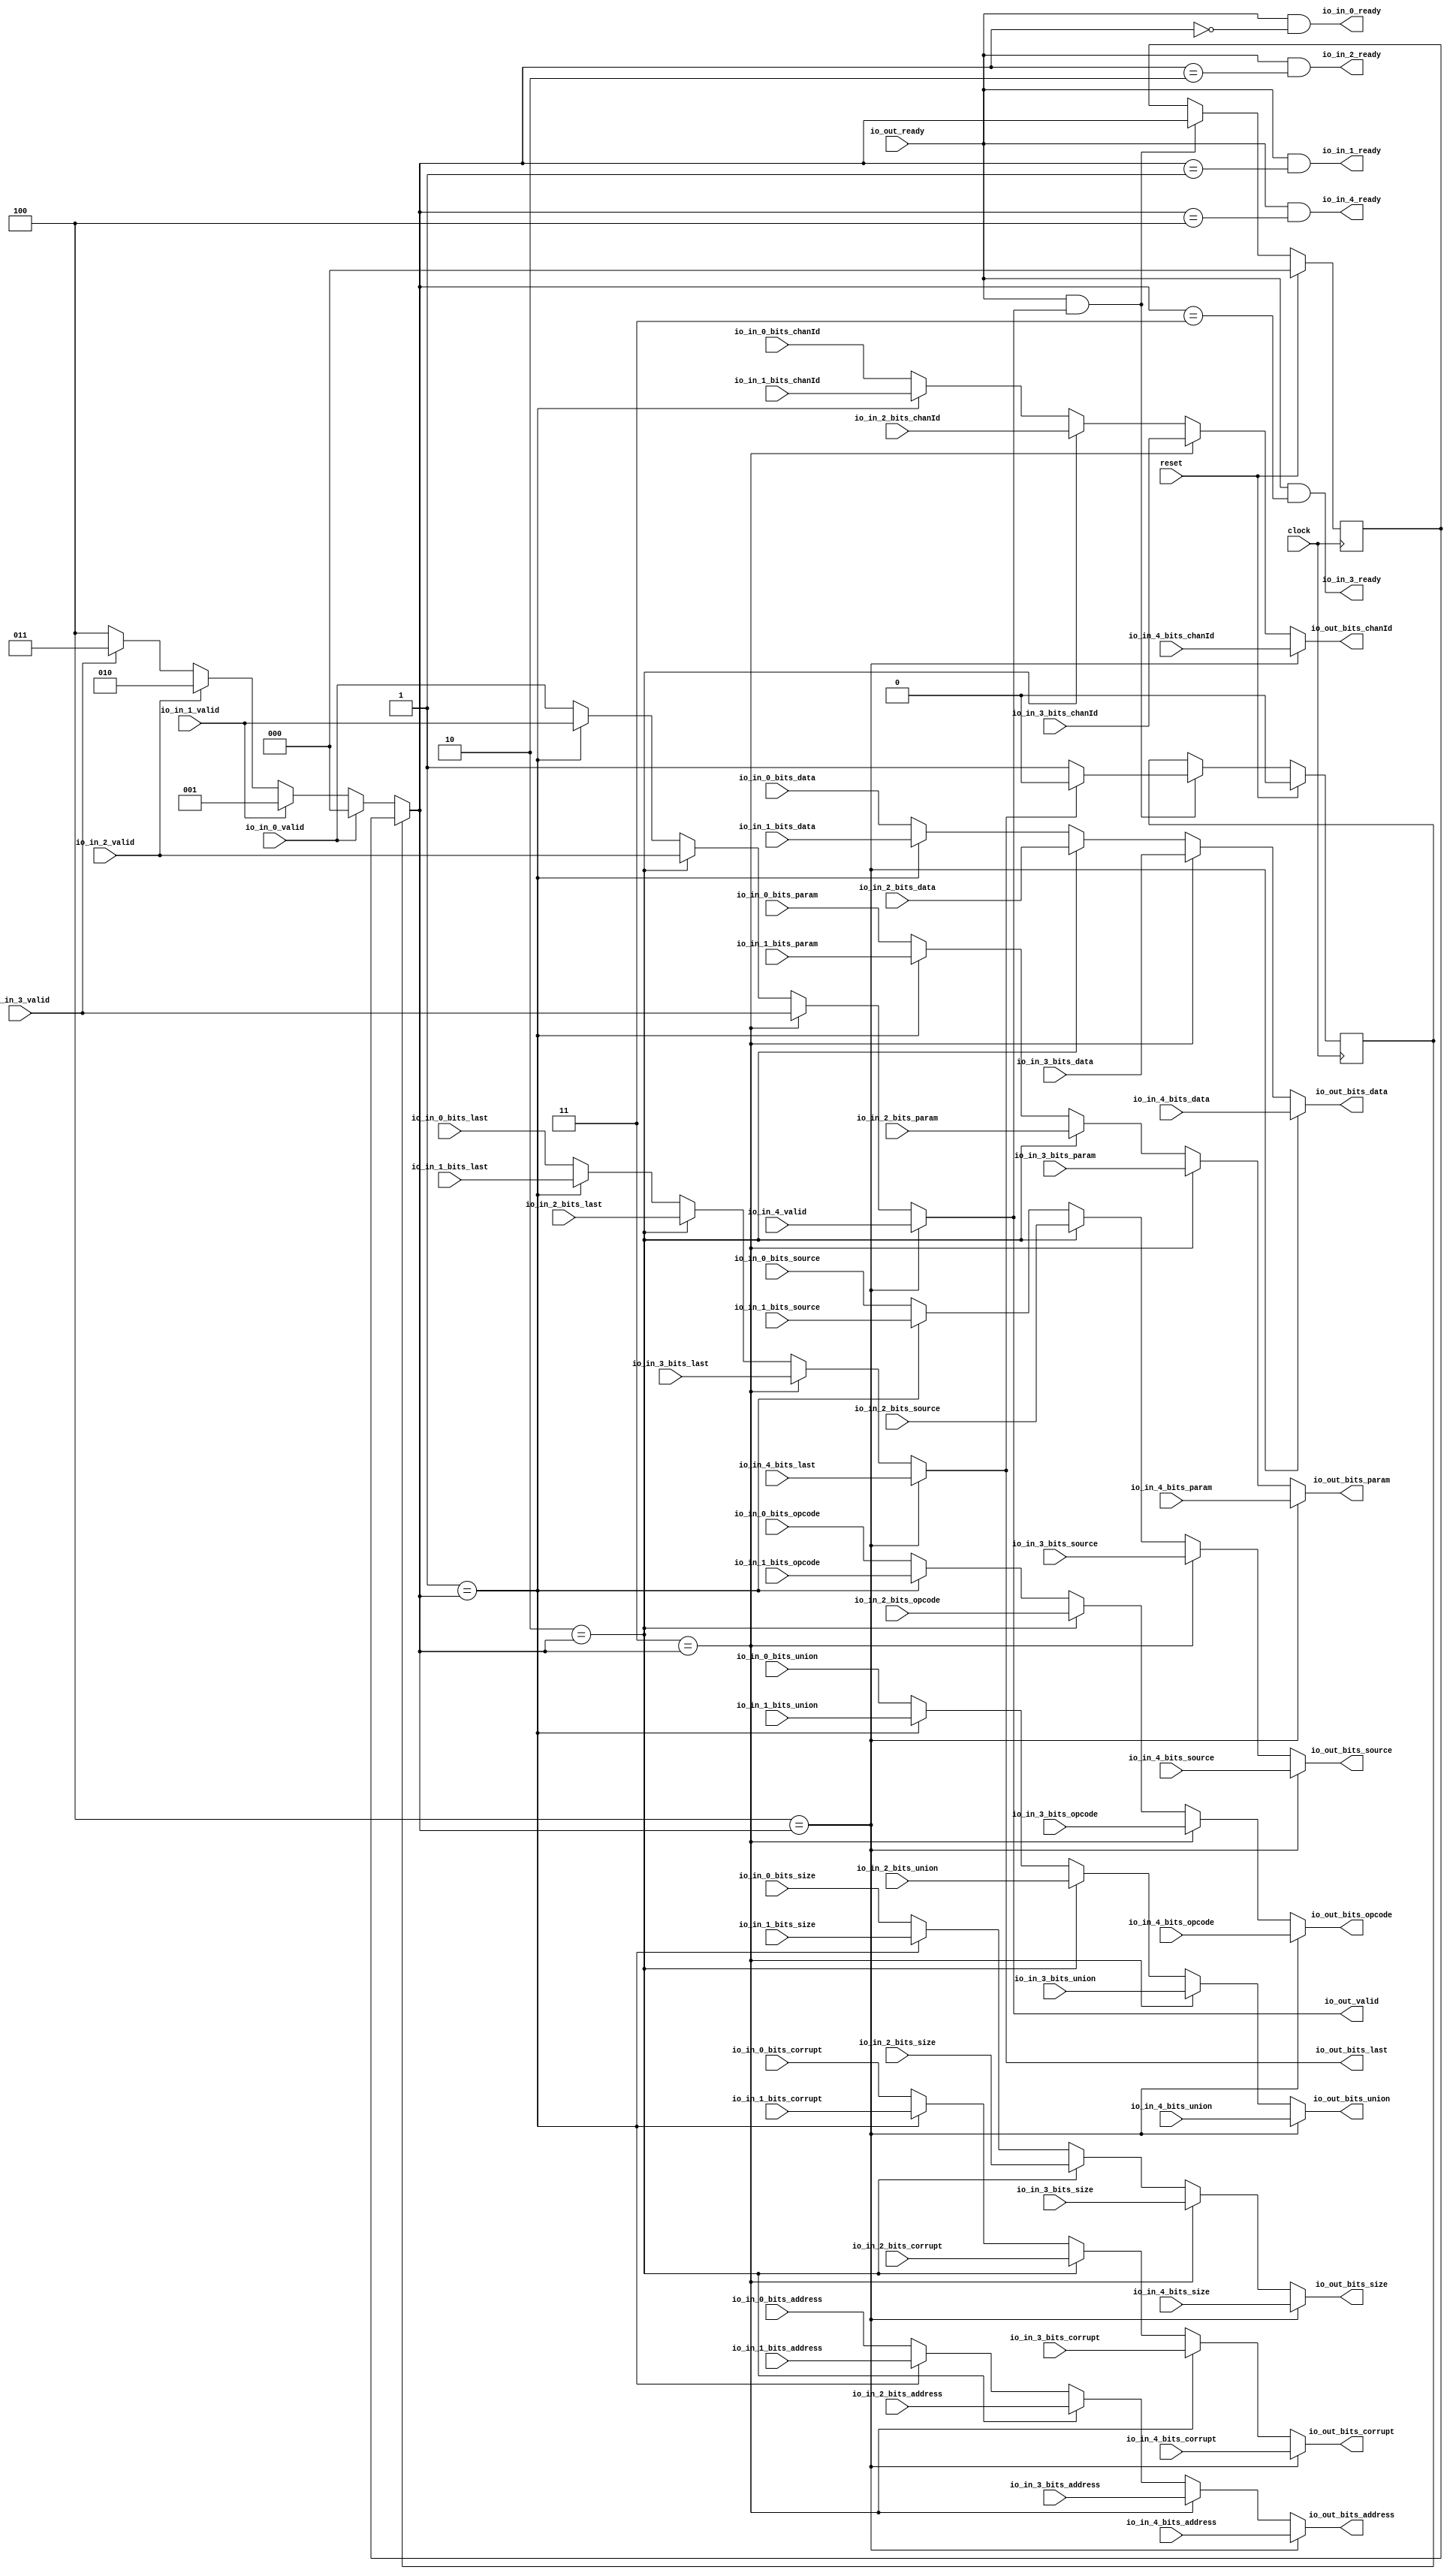
module HellaPeekingArbiter(
  input         clock,
  input         reset,
  output        io_in_0_ready,
  input         io_in_0_valid,
  input  [2:0]  io_in_0_bits_chanId,
  input  [2:0]  io_in_0_bits_opcode,
  input  [2:0]  io_in_0_bits_param,
  input  [3:0]  io_in_0_bits_size,
  input  [3:0]  io_in_0_bits_source,
  input  [31:0] io_in_0_bits_address,
  input  [63:0] io_in_0_bits_data,
  input         io_in_0_bits_corrupt,
  input  [7:0]  io_in_0_bits_union,
  input         io_in_0_bits_last,
  output        io_in_1_ready,
  input         io_in_1_valid,
  input  [2:0]  io_in_1_bits_chanId,
  input  [2:0]  io_in_1_bits_opcode,
  input  [2:0]  io_in_1_bits_param,
  input  [3:0]  io_in_1_bits_size,
  input  [3:0]  io_in_1_bits_source,
  input  [31:0] io_in_1_bits_address,
  input  [63:0] io_in_1_bits_data,
  input         io_in_1_bits_corrupt,
  input  [7:0]  io_in_1_bits_union,
  input         io_in_1_bits_last,
  output        io_in_2_ready,
  input         io_in_2_valid,
  input  [2:0]  io_in_2_bits_chanId,
  input  [2:0]  io_in_2_bits_opcode,
  input  [2:0]  io_in_2_bits_param,
  input  [3:0]  io_in_2_bits_size,
  input  [3:0]  io_in_2_bits_source,
  input  [31:0] io_in_2_bits_address,
  input  [63:0] io_in_2_bits_data,
  input         io_in_2_bits_corrupt,
  input  [7:0]  io_in_2_bits_union,
  input         io_in_2_bits_last,
  output        io_in_3_ready,
  input         io_in_3_valid,
  input  [2:0]  io_in_3_bits_chanId,
  input  [2:0]  io_in_3_bits_opcode,
  input  [2:0]  io_in_3_bits_param,
  input  [3:0]  io_in_3_bits_size,
  input  [3:0]  io_in_3_bits_source,
  input  [31:0] io_in_3_bits_address,
  input  [63:0] io_in_3_bits_data,
  input         io_in_3_bits_corrupt,
  input  [7:0]  io_in_3_bits_union,
  input         io_in_3_bits_last,
  output        io_in_4_ready,
  input         io_in_4_valid,
  input  [2:0]  io_in_4_bits_chanId,
  input  [2:0]  io_in_4_bits_opcode,
  input  [2:0]  io_in_4_bits_param,
  input  [3:0]  io_in_4_bits_size,
  input  [3:0]  io_in_4_bits_source,
  input  [31:0] io_in_4_bits_address,
  input  [63:0] io_in_4_bits_data,
  input         io_in_4_bits_corrupt,
  input  [7:0]  io_in_4_bits_union,
  input         io_in_4_bits_last,
  input         io_out_ready,
  output        io_out_valid,
  output [2:0]  io_out_bits_chanId,
  output [2:0]  io_out_bits_opcode,
  output [2:0]  io_out_bits_param,
  output [3:0]  io_out_bits_size,
  output [3:0]  io_out_bits_source,
  output [31:0] io_out_bits_address,
  output [63:0] io_out_bits_data,
  output        io_out_bits_corrupt,
  output [7:0]  io_out_bits_union,
  output        io_out_bits_last
);
`ifdef RANDOMIZE_REG_INIT
  reg [31:0] _RAND_0;
  reg [31:0] _RAND_1;
`endif // RANDOMIZE_REG_INIT
  reg [2:0] lockIdx; // @[Arbiters.scala 25:20]
  reg  locked; // @[Arbiters.scala 26:19]
  wire [2:0] _choice_T = io_in_3_valid ? 3'h3 : 3'h4; // @[Mux.scala 47:69]
  wire [2:0] _choice_T_1 = io_in_2_valid ? 3'h2 : _choice_T; // @[Mux.scala 47:69]
  wire [2:0] _choice_T_2 = io_in_1_valid ? 3'h1 : _choice_T_1; // @[Mux.scala 47:69]
  wire [2:0] choice = io_in_0_valid ? 3'h0 : _choice_T_2; // @[Mux.scala 47:69]
  wire [2:0] chosen = locked ? lockIdx : choice; // @[Arbiters.scala 36:19]
  wire  _GEN_1 = 3'h1 == chosen ? io_in_1_valid : io_in_0_valid; // @[Arbiters.scala 42:16 Arbiters.scala 42:16]
  wire  _GEN_2 = 3'h2 == chosen ? io_in_2_valid : _GEN_1; // @[Arbiters.scala 42:16 Arbiters.scala 42:16]
  wire  _GEN_3 = 3'h3 == chosen ? io_in_3_valid : _GEN_2; // @[Arbiters.scala 42:16 Arbiters.scala 42:16]
  wire [2:0] _GEN_6 = 3'h1 == chosen ? io_in_1_bits_chanId : io_in_0_bits_chanId; // @[Arbiters.scala 43:15 Arbiters.scala 43:15]
  wire [2:0] _GEN_7 = 3'h2 == chosen ? io_in_2_bits_chanId : _GEN_6; // @[Arbiters.scala 43:15 Arbiters.scala 43:15]
  wire [2:0] _GEN_8 = 3'h3 == chosen ? io_in_3_bits_chanId : _GEN_7; // @[Arbiters.scala 43:15 Arbiters.scala 43:15]
  wire [2:0] _GEN_11 = 3'h1 == chosen ? io_in_1_bits_opcode : io_in_0_bits_opcode; // @[Arbiters.scala 43:15 Arbiters.scala 43:15]
  wire [2:0] _GEN_12 = 3'h2 == chosen ? io_in_2_bits_opcode : _GEN_11; // @[Arbiters.scala 43:15 Arbiters.scala 43:15]
  wire [2:0] _GEN_13 = 3'h3 == chosen ? io_in_3_bits_opcode : _GEN_12; // @[Arbiters.scala 43:15 Arbiters.scala 43:15]
  wire [2:0] _GEN_16 = 3'h1 == chosen ? io_in_1_bits_param : io_in_0_bits_param; // @[Arbiters.scala 43:15 Arbiters.scala 43:15]
  wire [2:0] _GEN_17 = 3'h2 == chosen ? io_in_2_bits_param : _GEN_16; // @[Arbiters.scala 43:15 Arbiters.scala 43:15]
  wire [2:0] _GEN_18 = 3'h3 == chosen ? io_in_3_bits_param : _GEN_17; // @[Arbiters.scala 43:15 Arbiters.scala 43:15]
  wire [3:0] _GEN_21 = 3'h1 == chosen ? io_in_1_bits_size : io_in_0_bits_size; // @[Arbiters.scala 43:15 Arbiters.scala 43:15]
  wire [3:0] _GEN_22 = 3'h2 == chosen ? io_in_2_bits_size : _GEN_21; // @[Arbiters.scala 43:15 Arbiters.scala 43:15]
  wire [3:0] _GEN_23 = 3'h3 == chosen ? io_in_3_bits_size : _GEN_22; // @[Arbiters.scala 43:15 Arbiters.scala 43:15]
  wire [3:0] _GEN_26 = 3'h1 == chosen ? io_in_1_bits_source : io_in_0_bits_source; // @[Arbiters.scala 43:15 Arbiters.scala 43:15]
  wire [3:0] _GEN_27 = 3'h2 == chosen ? io_in_2_bits_source : _GEN_26; // @[Arbiters.scala 43:15 Arbiters.scala 43:15]
  wire [3:0] _GEN_28 = 3'h3 == chosen ? io_in_3_bits_source : _GEN_27; // @[Arbiters.scala 43:15 Arbiters.scala 43:15]
  wire [31:0] _GEN_31 = 3'h1 == chosen ? io_in_1_bits_address : io_in_0_bits_address; // @[Arbiters.scala 43:15 Arbiters.scala 43:15]
  wire [31:0] _GEN_32 = 3'h2 == chosen ? io_in_2_bits_address : _GEN_31; // @[Arbiters.scala 43:15 Arbiters.scala 43:15]
  wire [31:0] _GEN_33 = 3'h3 == chosen ? io_in_3_bits_address : _GEN_32; // @[Arbiters.scala 43:15 Arbiters.scala 43:15]
  wire [63:0] _GEN_36 = 3'h1 == chosen ? io_in_1_bits_data : io_in_0_bits_data; // @[Arbiters.scala 43:15 Arbiters.scala 43:15]
  wire [63:0] _GEN_37 = 3'h2 == chosen ? io_in_2_bits_data : _GEN_36; // @[Arbiters.scala 43:15 Arbiters.scala 43:15]
  wire [63:0] _GEN_38 = 3'h3 == chosen ? io_in_3_bits_data : _GEN_37; // @[Arbiters.scala 43:15 Arbiters.scala 43:15]
  wire  _GEN_41 = 3'h1 == chosen ? io_in_1_bits_corrupt : io_in_0_bits_corrupt; // @[Arbiters.scala 43:15 Arbiters.scala 43:15]
  wire  _GEN_42 = 3'h2 == chosen ? io_in_2_bits_corrupt : _GEN_41; // @[Arbiters.scala 43:15 Arbiters.scala 43:15]
  wire  _GEN_43 = 3'h3 == chosen ? io_in_3_bits_corrupt : _GEN_42; // @[Arbiters.scala 43:15 Arbiters.scala 43:15]
  wire [7:0] _GEN_46 = 3'h1 == chosen ? io_in_1_bits_union : io_in_0_bits_union; // @[Arbiters.scala 43:15 Arbiters.scala 43:15]
  wire [7:0] _GEN_47 = 3'h2 == chosen ? io_in_2_bits_union : _GEN_46; // @[Arbiters.scala 43:15 Arbiters.scala 43:15]
  wire [7:0] _GEN_48 = 3'h3 == chosen ? io_in_3_bits_union : _GEN_47; // @[Arbiters.scala 43:15 Arbiters.scala 43:15]
  wire  _GEN_51 = 3'h1 == chosen ? io_in_1_bits_last : io_in_0_bits_last; // @[Arbiters.scala 43:15 Arbiters.scala 43:15]
  wire  _GEN_52 = 3'h2 == chosen ? io_in_2_bits_last : _GEN_51; // @[Arbiters.scala 43:15 Arbiters.scala 43:15]
  wire  _GEN_53 = 3'h3 == chosen ? io_in_3_bits_last : _GEN_52; // @[Arbiters.scala 43:15 Arbiters.scala 43:15]
  wire  _T = io_out_ready & io_out_valid; // @[Decoupled.scala 40:37]
  wire  _GEN_56 = ~locked | locked; // @[Arbiters.scala 59:50 Arbiters.scala 61:14 Arbiters.scala 26:19]
  assign io_in_0_ready = io_out_ready & chosen == 3'h0; // @[Arbiters.scala 39:36]
  assign io_in_1_ready = io_out_ready & chosen == 3'h1; // @[Arbiters.scala 39:36]
  assign io_in_2_ready = io_out_ready & chosen == 3'h2; // @[Arbiters.scala 39:36]
  assign io_in_3_ready = io_out_ready & chosen == 3'h3; // @[Arbiters.scala 39:36]
  assign io_in_4_ready = io_out_ready & chosen == 3'h4; // @[Arbiters.scala 39:36]
  assign io_out_valid = 3'h4 == chosen ? io_in_4_valid : _GEN_3; // @[Arbiters.scala 42:16 Arbiters.scala 42:16]
  assign io_out_bits_chanId = 3'h4 == chosen ? io_in_4_bits_chanId : _GEN_8; // @[Arbiters.scala 43:15 Arbiters.scala 43:15]
  assign io_out_bits_opcode = 3'h4 == chosen ? io_in_4_bits_opcode : _GEN_13; // @[Arbiters.scala 43:15 Arbiters.scala 43:15]
  assign io_out_bits_param = 3'h4 == chosen ? io_in_4_bits_param : _GEN_18; // @[Arbiters.scala 43:15 Arbiters.scala 43:15]
  assign io_out_bits_size = 3'h4 == chosen ? io_in_4_bits_size : _GEN_23; // @[Arbiters.scala 43:15 Arbiters.scala 43:15]
  assign io_out_bits_source = 3'h4 == chosen ? io_in_4_bits_source : _GEN_28; // @[Arbiters.scala 43:15 Arbiters.scala 43:15]
  assign io_out_bits_address = 3'h4 == chosen ? io_in_4_bits_address : _GEN_33; // @[Arbiters.scala 43:15 Arbiters.scala 43:15]
  assign io_out_bits_data = 3'h4 == chosen ? io_in_4_bits_data : _GEN_38; // @[Arbiters.scala 43:15 Arbiters.scala 43:15]
  assign io_out_bits_corrupt = 3'h4 == chosen ? io_in_4_bits_corrupt : _GEN_43; // @[Arbiters.scala 43:15 Arbiters.scala 43:15]
  assign io_out_bits_union = 3'h4 == chosen ? io_in_4_bits_union : _GEN_48; // @[Arbiters.scala 43:15 Arbiters.scala 43:15]
  assign io_out_bits_last = 3'h4 == chosen ? io_in_4_bits_last : _GEN_53; // @[Arbiters.scala 43:15 Arbiters.scala 43:15]
  always @(posedge clock) begin
    if (reset) begin // @[Arbiters.scala 25:20]
      lockIdx <= 3'h0; // @[Arbiters.scala 25:20]
    end else if (_T) begin // @[Arbiters.scala 58:24]
      if (~locked) begin // @[Arbiters.scala 59:50]
        if (io_in_0_valid) begin // @[Mux.scala 47:69]
          lockIdx <= 3'h0;
        end else begin
          lockIdx <= _choice_T_2;
        end
      end
    end
    if (reset) begin // @[Arbiters.scala 26:19]
      locked <= 1'h0; // @[Arbiters.scala 26:19]
    end else if (_T) begin // @[Arbiters.scala 58:24]
      if (io_out_bits_last) begin // @[Arbiters.scala 64:35]
        locked <= 1'h0; // @[Arbiters.scala 65:14]
      end else begin
        locked <= _GEN_56;
      end
    end
  end
// Register and memory initialization
`ifdef RANDOMIZE_GARBAGE_ASSIGN
`define RANDOMIZE
`endif
`ifdef RANDOMIZE_INVALID_ASSIGN
`define RANDOMIZE
`endif
`ifdef RANDOMIZE_REG_INIT
`define RANDOMIZE
`endif
`ifdef RANDOMIZE_MEM_INIT
`define RANDOMIZE
`endif
`ifndef RANDOM
`define RANDOM $random
`endif
`ifdef RANDOMIZE_MEM_INIT
  integer initvar;
`endif
`ifndef SYNTHESIS
`ifdef FIRRTL_BEFORE_INITIAL
`FIRRTL_BEFORE_INITIAL
`endif
initial begin
  `ifdef RANDOMIZE
    `ifdef INIT_RANDOM
      `INIT_RANDOM
    `endif
    `ifndef VERILATOR
      `ifdef RANDOMIZE_DELAY
        #`RANDOMIZE_DELAY begin end
      `else
        #0.002 begin end
      `endif
    `endif
`ifdef RANDOMIZE_REG_INIT
  _RAND_0 = {1{`RANDOM}};
  lockIdx = _RAND_0[2:0];
  _RAND_1 = {1{`RANDOM}};
  locked = _RAND_1[0:0];
`endif // RANDOMIZE_REG_INIT
  `endif // RANDOMIZE
end // initial
`ifdef FIRRTL_AFTER_INITIAL
`FIRRTL_AFTER_INITIAL
`endif
`endif // SYNTHESIS
endmodule